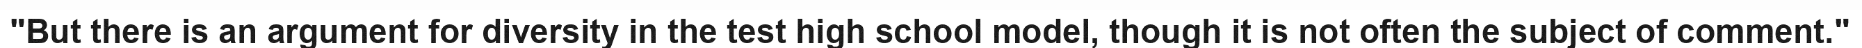
"But there is an argument for diversity in the test high school model, though it is not often the subject of comment."